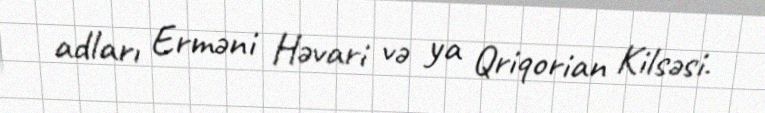
adları Erməni Həvari və ya Qriqorian Kilsəsi.